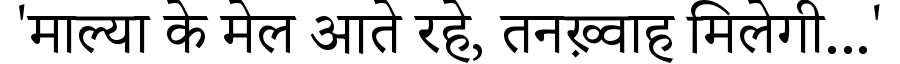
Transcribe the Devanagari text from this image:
'माल्या के मेल आते रहे, तनख़्वाह मिलेगी...'